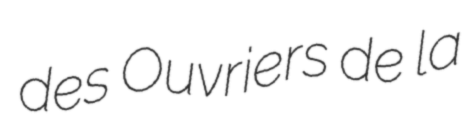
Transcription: des Ouvriers de la